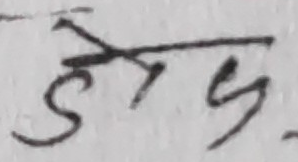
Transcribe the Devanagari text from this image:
डोडु.